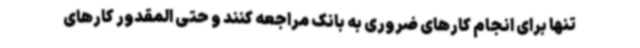
تنها برای انجام کارهای ضروری به بانک مراجعه کنند و حتی المقدور کارهای